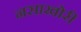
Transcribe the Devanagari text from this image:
नसाखोरी